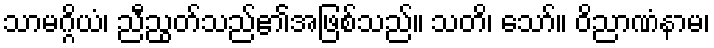
သာမဂ္ဂိယံ၊ ညီညွတ်သည်၏အဖြစ်သည်။ သတိ၊ သော်။ ဝိညာဏံနာမ၊